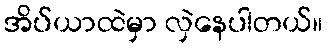
အိပ်ယာထဲမှာ လှဲနေပါတယ်။